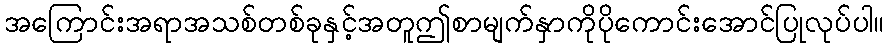
အကြောင်းအရာအသစ်တစ်ခုနှင့်အတူဤစာမျက်နှာကိုပိုကောင်းအောင်ပြုလုပ်ပါ။